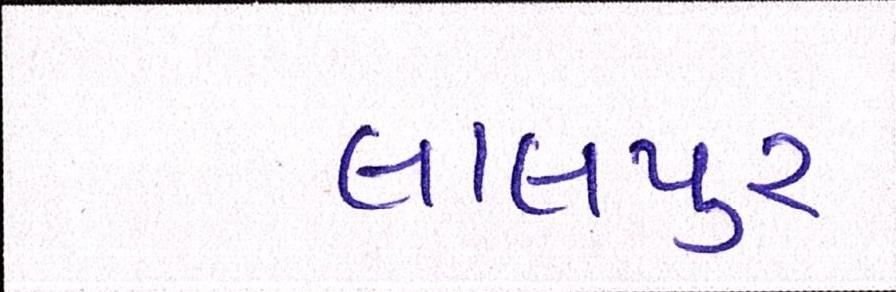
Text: લાલપુર